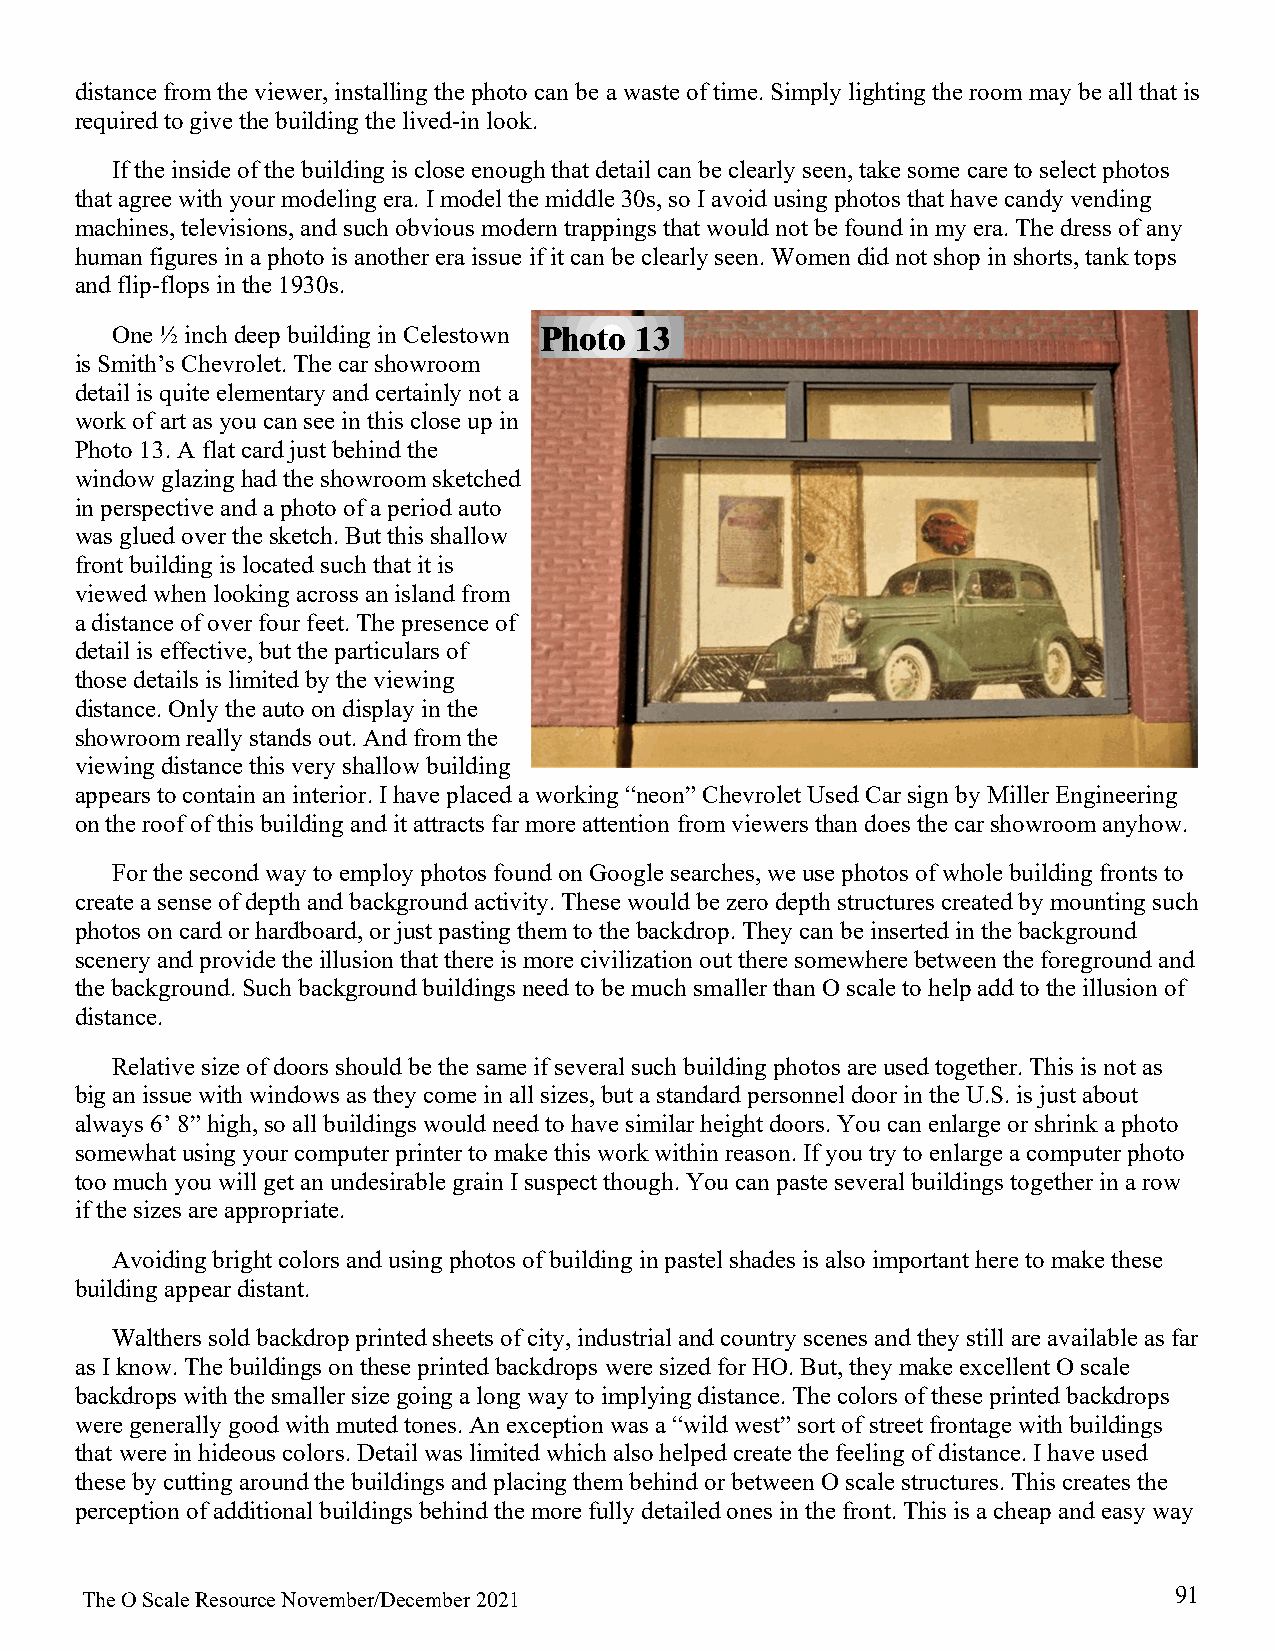
distance from the viewer, installing the photo can be a waste of time. Simply lighting the room may be all that is
 required to give the building the lived-in look.
 If the inside of the building is close enough that detail can be clearly seen, take some care to select photos
 that agree with your modeling era. I model the middle 30s, so I avoid using photos that have candy vending
 machines, televisions, and such obvious modern trappings that would not be found in my era. The dress of any
 human figures in a photo is another era issue if it can be clearly seen. Women did not shop in shorts, tank tops
 and flip-flops in the 1930s.
 One ½ inch deep building in Celestown Photo 13
 is Smith’s Chevrolet. The car showroom
 detail is quite elementary and certainly not a
 work of art as you can see in this close up in
 Photo 13. A flat card just behind the
 window glazing had the showroom sketched
 in perspective and a photo of a period auto
 was glued over the sketch. But this shallow
 front building is located such that it is
 viewed when looking across an island from
 a distance of over four feet. The presence of
 detail is effective, but the particulars of
 those details is limited by the viewing
 distance. Only the auto on display in the
 showroom really stands out. And from the
 viewing distance this very shallow building
 appears to contain an interior. I have placed a working “neon” Chevrolet Used Car sign by Miller Engineering
 on the roof of this building and it attracts far more attention from viewers than does the car showroom anyhow.
 For the second way to employ photos found on Google searches, we use photos of whole building fronts to
 create a sense of depth and background activity. These would be zero depth structures created by mounting such
 photos on card or hardboard, or just pasting them to the backdrop. They can be inserted in the background
 scenery and provide the illusion that there is more civilization out there somewhere between the foreground and
 the background. Such background buildings need to be much smaller than O scale to help add to the illusion of
 distance.
 Relative size of doors should be the same if several such building photos are used together. This is not as
 big an issue with windows as they come in all sizes, but a standard personnel door in the U.S. is just about
 always 6’ 8” high, so all buildings would need to have similar height doors. You can enlarge or shrink a photo
 somewhat using your computer printer to make this work within reason. If you try to enlarge a computer photo
 too much you will get an undesirable grain I suspect though. You can paste several buildings together in a row
 if the sizes are appropriate.
 Avoiding bright colors and using photos of building in pastel shades is also important here to make these
 building appear distant.
 Walthers sold backdrop printed sheets of city, industrial and country scenes and they still are available as far
 as I know. The buildings on these printed backdrops were sized for HO. But, they make excellent O scale
 backdrops with the smaller size going a long way to implying distance. The colors of these printed backdrops
 were generally good with muted tones. An exception was a “wild west” sort of street frontage with buildings
 that were in hideous colors. Detail was limited which also helped create the feeling of distance. I have used
 these by cutting around the buildings and placing them behind or between O scale structures. This creates the
 perception of additional buildings behind the more fully detailed ones in the front. This is a cheap and easy way
 91
 The O Scale Resource November/December 2021